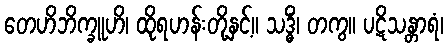
တေဟိဘိက္ခူဟိ၊ ထိုရဟန်းတို့နှင့်။ သဒ္ဓိံ၊ တကွ။ ပဋိသန္တာရံ၊